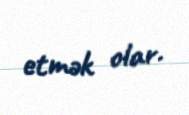
etmək olar.